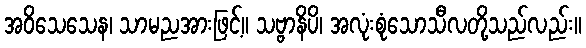
အဝိသေသေန၊ သာမညအားဖြင့်။ သဗ္ဗာနိပိ၊ အလုံးစုံသောသီလတို့သည်လည်း။